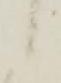
候